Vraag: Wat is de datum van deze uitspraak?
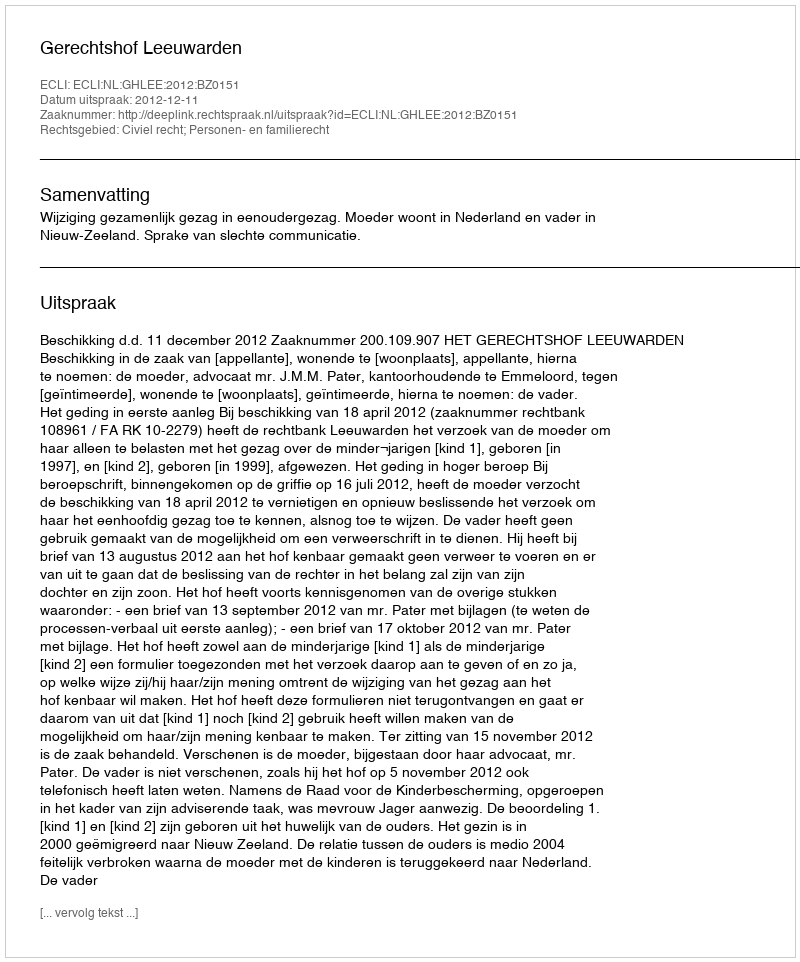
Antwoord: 2012-12-11